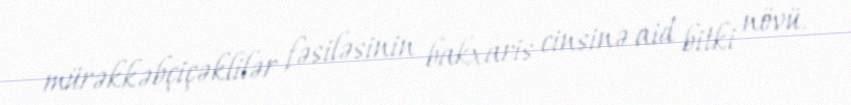
mürəkkəbçiçəklilər fəsiləsinin bakxaris cinsinə aid bitki növü.